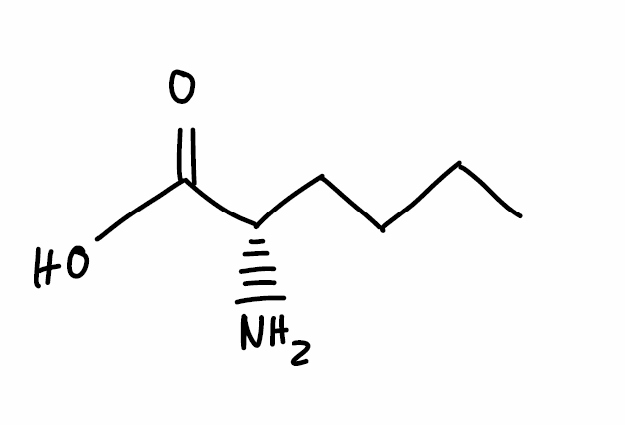
Simplified molecular-input line-entry system (SMILES) notation of the given molecule:
CCCC[C@@H](C(=O)O)N